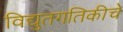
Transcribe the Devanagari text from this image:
विद्युतगतिकीचे